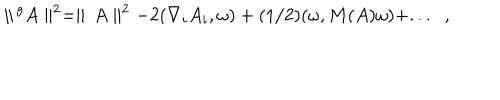
\parallel \, ^ { g } A \parallel ^ { 2 } = \parallel \, A \parallel ^ { 2 } - 2 ( \nabla _ { i } A _ { i } , \omega ) + ( 1 / 2 ) ( \omega , M ( A ) \omega ) + . . . \; \; ,